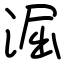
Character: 淈